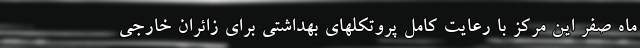
ماه صفر این مرکز با رعایت کامل پروتکلهای بهداشتی برای زائران خارجی